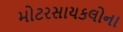
મોટરસાયકલોના